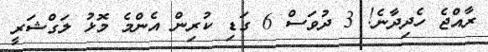
ރާއްޖެ ހެދިދާނެ! 3 ދުވަސް 6 ގަޑި ކުރިން އެންމެ މޮޅު ލަގްޝަރީ